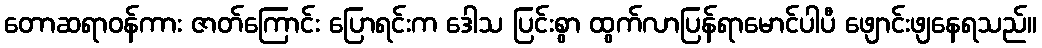
တောဆရာဝန်ကား ဇာတ်ကြောင်း ပြောရင်းက ဒေါသ ပြင်းစွာ ထွက်လာပြန်ရာမောင်ပါပီ ဖျောင်းဖျနေရသည်။